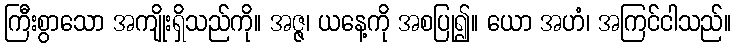
ကြီးစွာသော အကျိုးရှိသည်ကို။ အဇ္ဇ၊ ယနေ့ကို အစပြု၍။ ယော အဟံ၊ အကြင်ငါသည်။